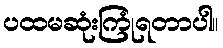
ပထမဆုံးကြုံရတာပါ။